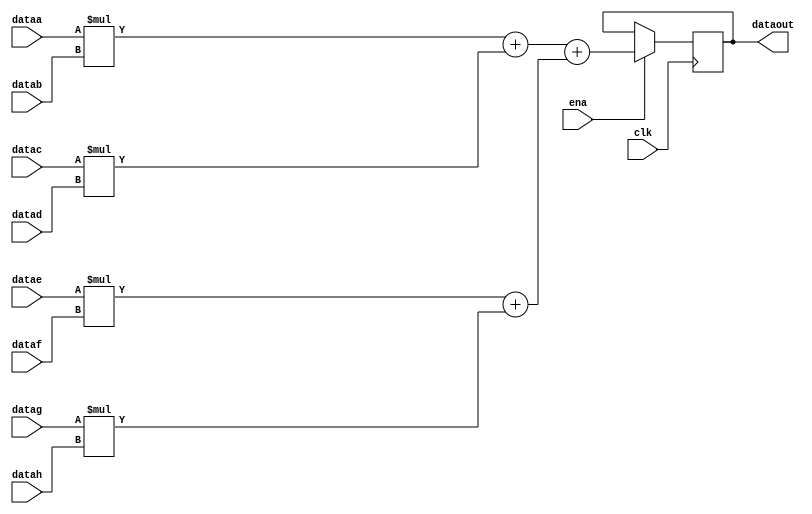
// Quartus II Verilog Template
// Sum of four multipliers

module sum_of_four_multipliers
#(parameter WIDTH=18)
(
	input clk, ena,
	input [WIDTH-1:0] dataa, datab, datac, datad,
	input [WIDTH-1:0] datae, dataf, datag, datah,
	output reg [2*WIDTH+1:0] dataout
);

	always @ (posedge clk)
	begin
		if (ena == 1)
		begin
			dataout <= (dataa * datab + datac * datad) + (datae * dataf + datag * datah);
		end
	end
endmodule